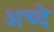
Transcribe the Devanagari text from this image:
अच्दे